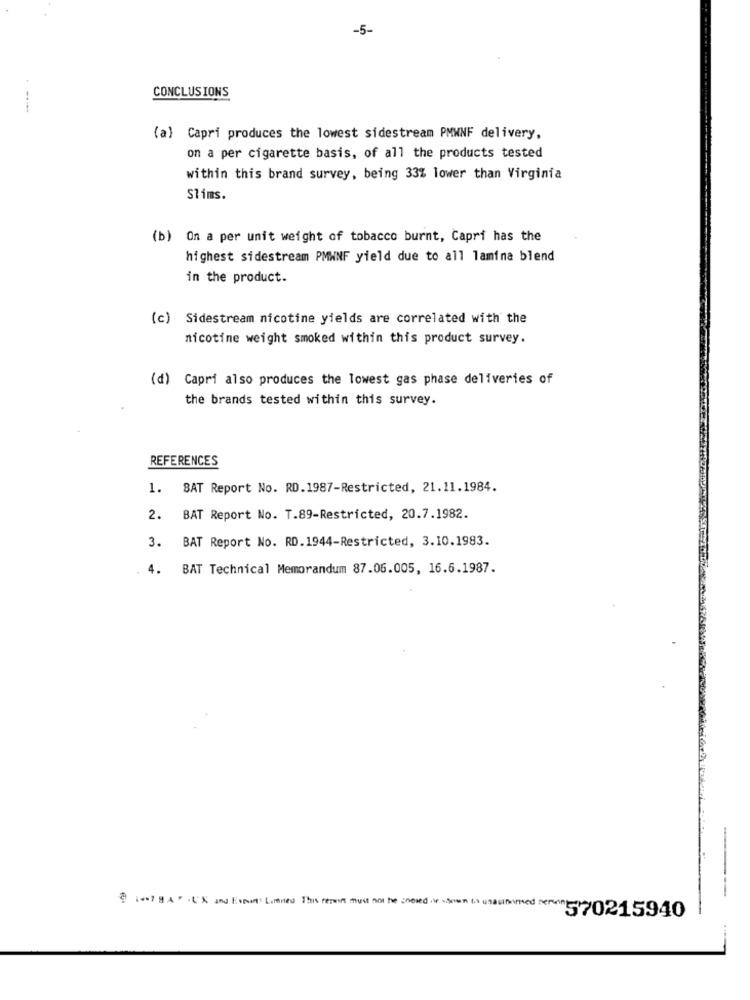
-5-
CONCLUSIONS
(a) Capri produces the lowest sidestream PMWNF delivery,
on a per cigarette basis, of all the products tested
within this brand survey, being 33% lower than Virginia
Slims.
(b) On a per unit weight of tobacco burnt, Capri has the
highest sidestream PMWNF yield due to all lamina blend
in the product.
(c) Sidestream nicotine yields are correlated with the
nicotine weight smoked within this product survey.
(d) Capri also produces the lowest gas phase deliveries of
the brands tested within this survey.
REFERENCES
1.
SAT Report No. RD.1987-Restricted, 21.11.1984.
2. BAT Report No. T.89-Restricted, 20.7.1982.
BAT Report No. RD.1944-Restricted, 3.10.1983.
3.
4.
BAT Technical Memorandum 87.06.005, 16.5.1987.
-
8 1-7 9 A . U'S and Estun Limned This remint must not he gneied iwe doen ts usasified Derwin
"570215940